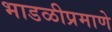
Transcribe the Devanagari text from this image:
भाडळीप्रमाणे